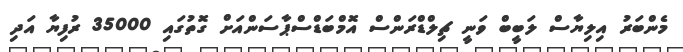
މެންބަރު އިލިޔާސް ލަބީބް ވަނީ ޗިލްޑްރަންސް އޮމްބަޑްސްޕާސަންއަށް ގޮތުގައި 35000 ރުފިޔާ އަދި